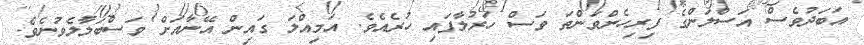
އަބަދުވެސް އަސްލަންގެ ފިރިހެންވަންތަ ވަސް ހަރުލާފައި ހުރެއެވެ. އަމިއްލަ ގައިން އޭނާއަށް ވަސްބަލާލެވުނެވެ.